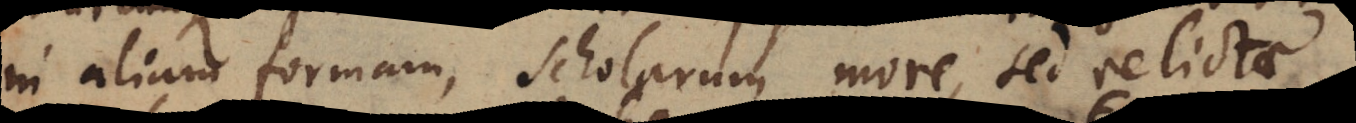
in aliam formam, scholarum more, sed relictae